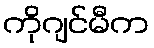
ကိုဂျင်မီက